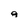
Character: q